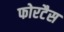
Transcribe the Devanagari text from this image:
फोरटैस